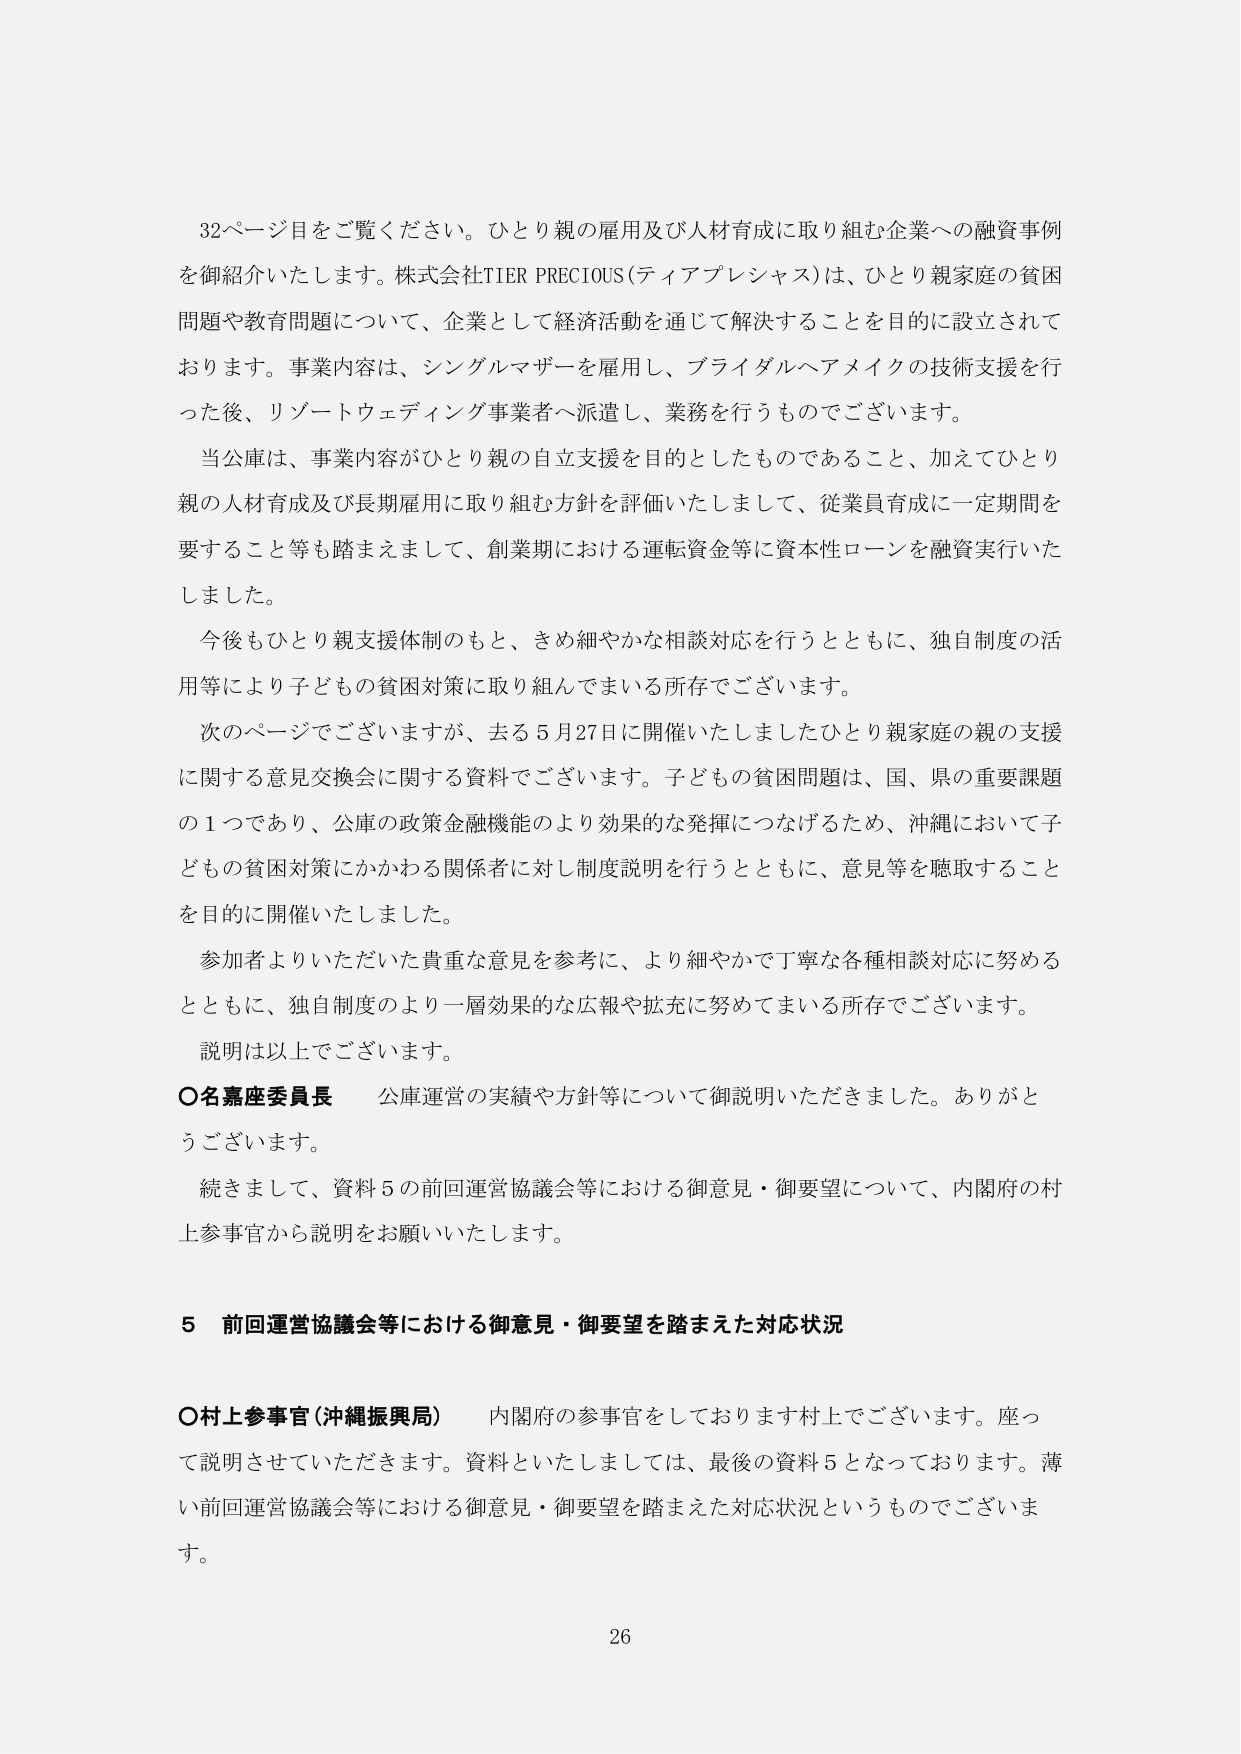
32ページ目をご覧ください。ひとり親の雇用及び人材育成に取り組む企業への融資事例を御紹介いたします。株式会社TIER PRECIOUS（ティアプレシャス）は、ひとり親家庭の貧困問題や教育問題について、企業として経済活動を通じて解決することを目的に設立されております。事業内容は、シングルマザーを雇用し、ブライダルヘアメイクの技術支援を行った後、リゾートウェディング事業者へ派遣し、業務を行うものでございます。

当公庫は、事業内容がひとり親の自立支援を目的としたものであること、加えてひとり親の人材育成及び長期雇用に取り組む方針を評価いたしまして、従業員育成に一定期間を要すること等も踏まえまして、創業期における運転資金等に資本性ローンを融資実行いたしました。

今後もひとり親支援体制のもと、きめ細やかな相談対応を行うとともに、独自制度の活用等により子どもの貧困対策に取り組んでまいる所存でございます。

次のページでございますが、去る5月27日に開催いたしましたひとり親家庭の親の支援に関する意見交換会に関する資料でございます。子どもの貧困問題は、国、県の重要課題の1つであり、公庫の政策金融機能のより効果的な発揮につなげるため、沖縄において子どもの貧困対策にかかわる関係者に対し制度説明を行うとともに、意見等を聴取することを目的に開催いたしました。

参加者よりいただいた貴重な意見を参考に、より細やかで丁寧な各種相談対応に努めるとともに、独自制度のより一層効果的な広報や拡充に努めてまいる所存でございます。

説明は以上でございます。

〇名嘉座委員長　公庫運営の実績や方針等について御説明いただきました。ありがとうございます。

続きまして、資料5の前回運営協議会等における御意見・御要望について、内閣府の村上参事官から説明をお願いいたします。

5　前回運営協議会等における御意見・御要望を踏まえた対応状況

〇村上参事官（沖縄振興局）　内閣府の参事官をしております村上でございます。座って説明させていただきます。資料といたしましては、最後の資料5となっております。薄い前回運営協議会等における御意見・御要望を踏まえた対応状況というものですでございます。

26